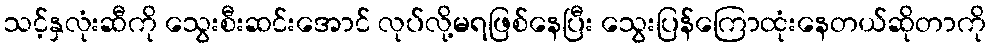
သင့်နှလုံးဆီကို သွေးစီးဆင်းအောင် လုပ်လို့မရဖြစ်နေပြီး သွေးပြန်ကြောထုံးနေတယ်ဆိုတာကို